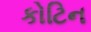
કોટિન